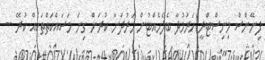
ފިނޭންސް މިނިސްޓްރީ ހަރުމުދާ ބެލެހެއްޓުން ހަރުދަނާ ކުރަން ގިނަ މަސައްކަތްތަކެއް ކުރޭ --